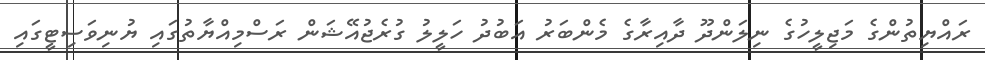
ރައްޔިތުންގެ މަޖިލީހުގެ ނިލަންދޫ ދާއިރާގެ މެންބަރު އަބުދު ހަލީލު ގުރެޖުއޭޝަން ރަސްމިއްޔާތުގައި ޔުނިވަސިޓީގައި